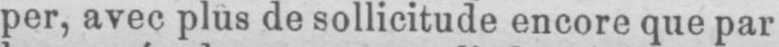
per, avec plus de sollicitude encore que par